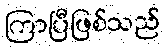
ကြာပြီဖြစ်သည်